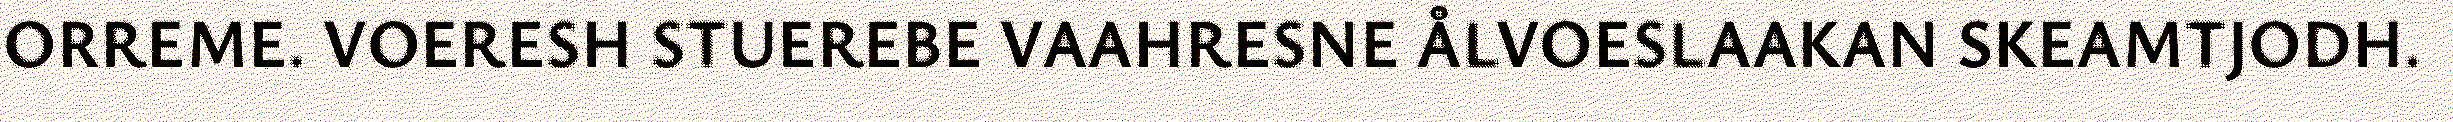
ORREME. VOERESH STUEREBE VAAHRESNE ÅLVOESLAAKAN SKEAMTJODH.